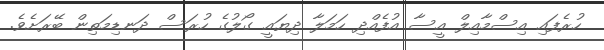
ހުރެފައި އިސްމާއިލް އީސާ އުފެއްދި ހަމަލާ ދިޔައީ ގޯލުގެ ހުރަސް ދަނޑިމަތިން ބޭރަށެވެ.